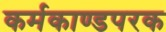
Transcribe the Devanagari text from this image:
कर्मकाण्डपरक